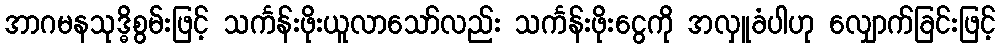
အာဂမနသုဒ္ဓိစွမ်းဖြင့် သင်္ကန်းဖိုးယူလာသော်လည်း သင်္ကန်းဖိုးငွေကို အလှူခံပါဟု လျှောက်ခြင်းဖြင့်